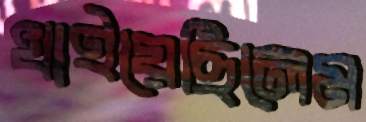
খাইয়েছিলেম